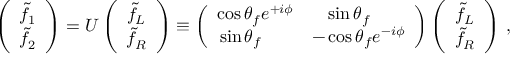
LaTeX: \left( \begin{array} { c } { { \tilde { f } _ { 1 } } } \\ { { \tilde { f } _ { 2 } } } \end{array} \right) = U \left( \begin{array} { c } { { \tilde { f } _ { L } } } \\ { { \tilde { f } _ { R } } } \end{array} \right) \equiv \left( \begin{array} { c c } { { \cos \theta _ { f } e ^ { + i \phi } } } & { { \ \sin \theta _ { f } \ \ \ \ } } \\ { { \sin \theta _ { f } \ \ \ \ \ } } & { { - \cos \theta _ { f } e ^ { - i \phi } } } \end{array} \right) \left( \begin{array} { c } { { \tilde { f } _ { L } } } \\ { { \tilde { f } _ { R } } } \end{array} \right) \, ,